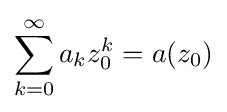
\sum _{k=0}^{\infty }a_{k}z_{0}^{k}=a(z_{0})